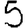
Digit: 5